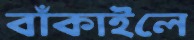
বাঁকাইলে